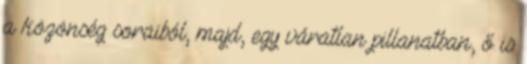
a közönség soraiból, majd, egy váratlan pillanatban, ő is